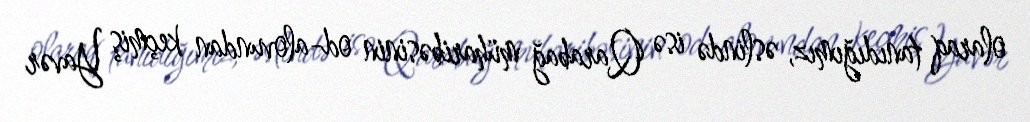
olaraq tanıdığımız, əslində isə Qarabağ müharibəsinin od-alovundan keçmiş Yavər